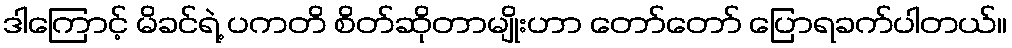
ဒါကြောင့် မိခင်ရဲ့ ပကတိ စိတ်ဆိုတာမျိုးဟာ တော်တော် ပြောရခက်ပါတယ်။